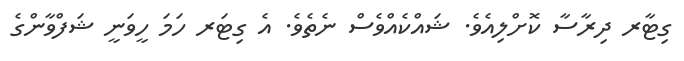
ގިޓާރ ދިރާސާ ކޮށްލިއެވެ. ޝައްކެއްވެސް ނެތެވެ. އެ ގިޓަރ ހަމަ ހީވަނީ ޝަފްވާންގެ